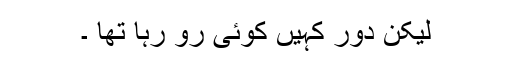
لیکن دور کہیں کوئی رو رہا تھا ۔